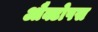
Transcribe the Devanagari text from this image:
औक्टोपस